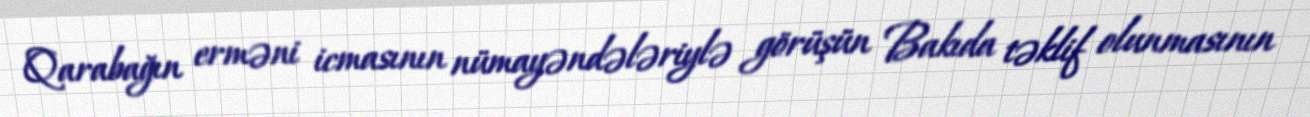
Qarabağın erməni icmasının nümayəndələriylə görüşün Bakıda təklif olunmasının